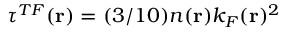
\tau ^ { T F } ( \mathbf { r } ) = ( 3 / 1 0 ) n ( \mathbf { r } ) k _ { F } ( \mathbf { r } ) ^ { 2 }